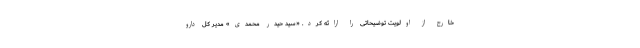
خارج از اولویت توضیحاتی را ارائه کرد. «سید حیدر محمدی» مدیر کل دارو